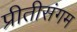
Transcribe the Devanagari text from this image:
प्रीतीसंगम